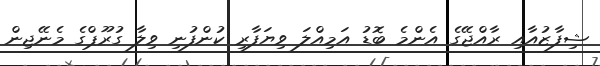
ޝިފާޒުއާއި ރާއްޖޭގެ އެންމެ ބޮޑު އަމިއްލަ ވިޔަފާރި ކުންފުނި ވިލާ ގުރޫޕްގެ މެނޭޖިން